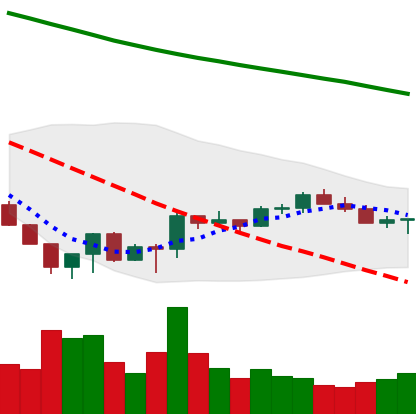
Ticker: LTC-USD
Chart end date: 2022-06-30
Forward return: -7.116%
Label: down_7plus